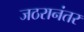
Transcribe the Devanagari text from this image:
जठरानंतर